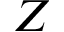
Z